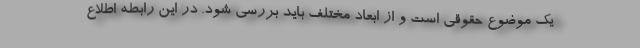
یک موضوع حقوقی است و از ابعاد مختلف باید بررسی شود. در این رابطه اطلاع